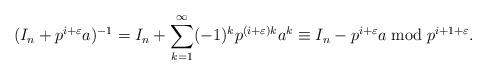
LaTeX: \begin{align*}(I_{n} + p^{i+\varepsilon}a)^{-1} = I_{n} + \sum_{k = 1}^\infty (-1)^{k}p^{(i+\varepsilon)k}a^{k} \equiv I_{n} - p^{i+\varepsilon}a \bmod p^{i+1+\varepsilon}.\end{align*}